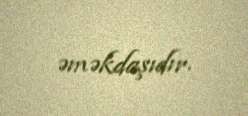
əməkdaşıdır.